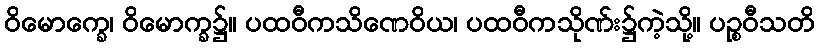
ဝိမောက္ခေ၊ ဝိမောက္ခ၌။ ပထဝီကသိဏေဝိယ၊ ပထဝီကသိုဏ်း၌ကဲ့သို့။ ပဉ္စဝီသတိ